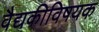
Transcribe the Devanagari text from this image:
वैद्यकीविषयक